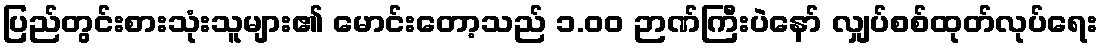
ပြည်တွင်းစားသုံးသူများ၏ မောင်းတော့သည် ၁.၀၀ ဉာဏ်ကြီးပဲနော် လျှပ်စစ်ထုတ်လုပ်ရေး